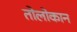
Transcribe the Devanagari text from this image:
तोलोकान